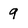
Character: 9